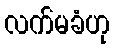
လက်မခံဟု